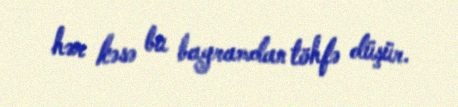
hər kəsə bu bayramdan töhfə düşür.